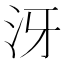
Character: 𣲨